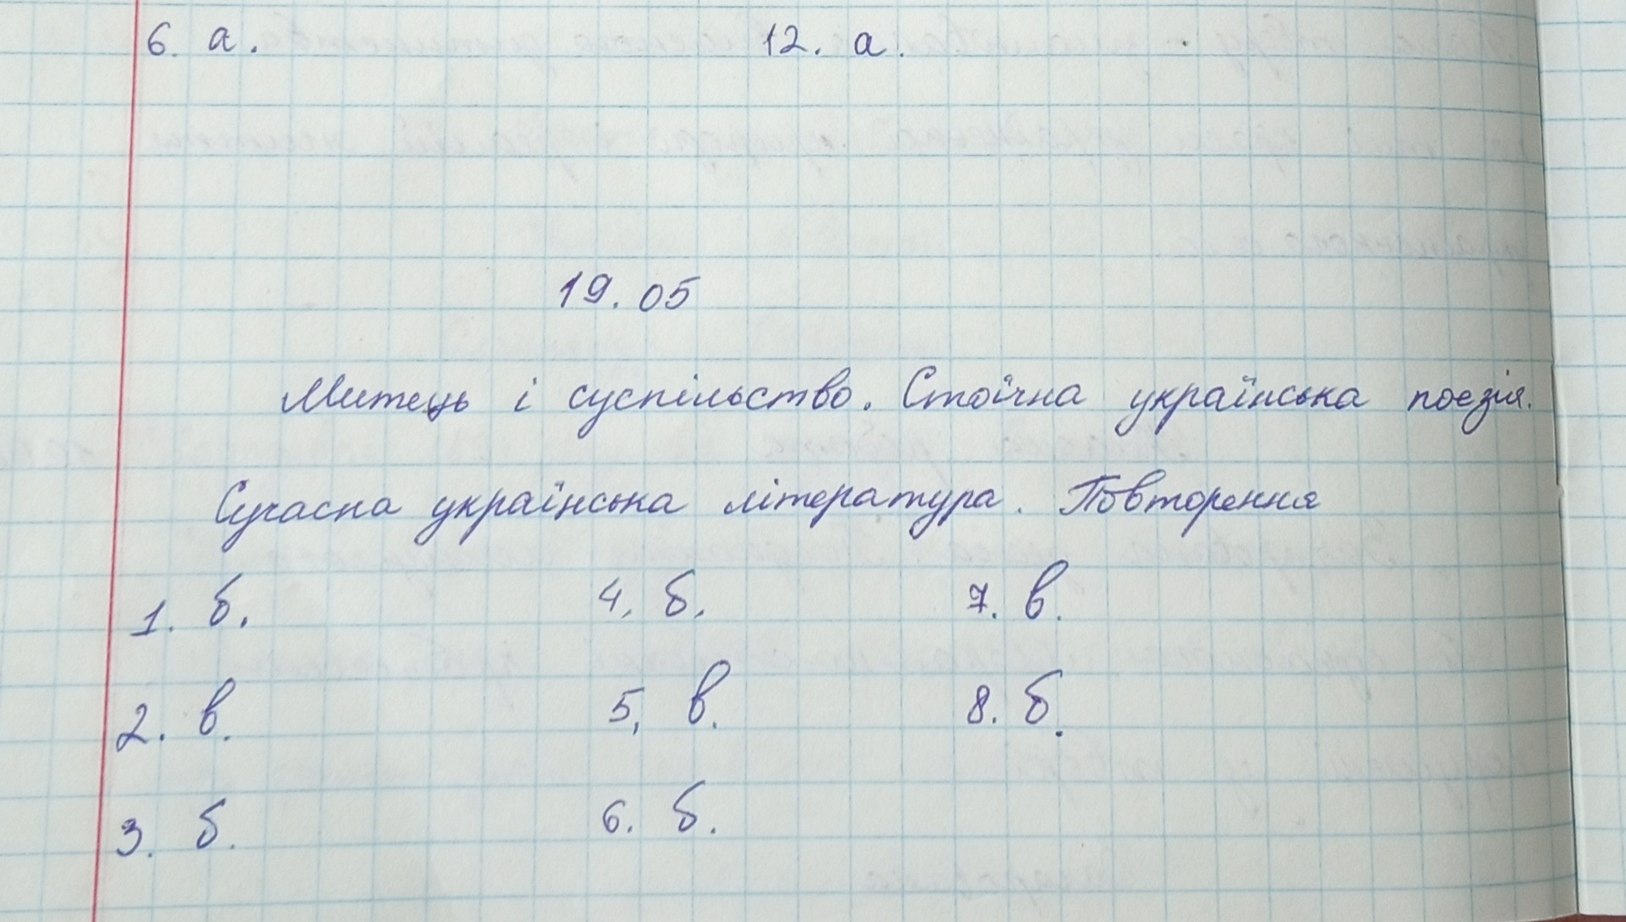
6. а.
12. а.
19.05
Митець і суспільство. Стоїчна українська поезія.
Сучасна українська література. Повторення
7. в.
4. б.
1. б.
5. в.
8. б.
2.в.
6. б.
3. б.